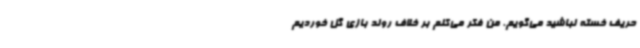
حریف خسته نباشید می‌گویم. من فکر می‌کنم بر خلاف روند بازی گل خوردیم